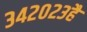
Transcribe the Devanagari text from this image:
३४२०२३है